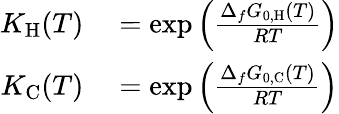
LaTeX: \begin{array}{rl}{K_{\mathrm{H}}(T)}&{{}=\exp\left(\frac{\Delta_{f}G_{0,\mathrm{H}}(T)}{RT}\right)}\\ {K_{\mathrm{C}}(T)}&{{}=\exp\left(\frac{\Delta_{f}G_{0,\mathrm{C}}(T)}{RT}\right)}\end{array}